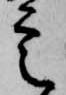
定